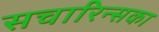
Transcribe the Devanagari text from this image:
सचारिन्सका